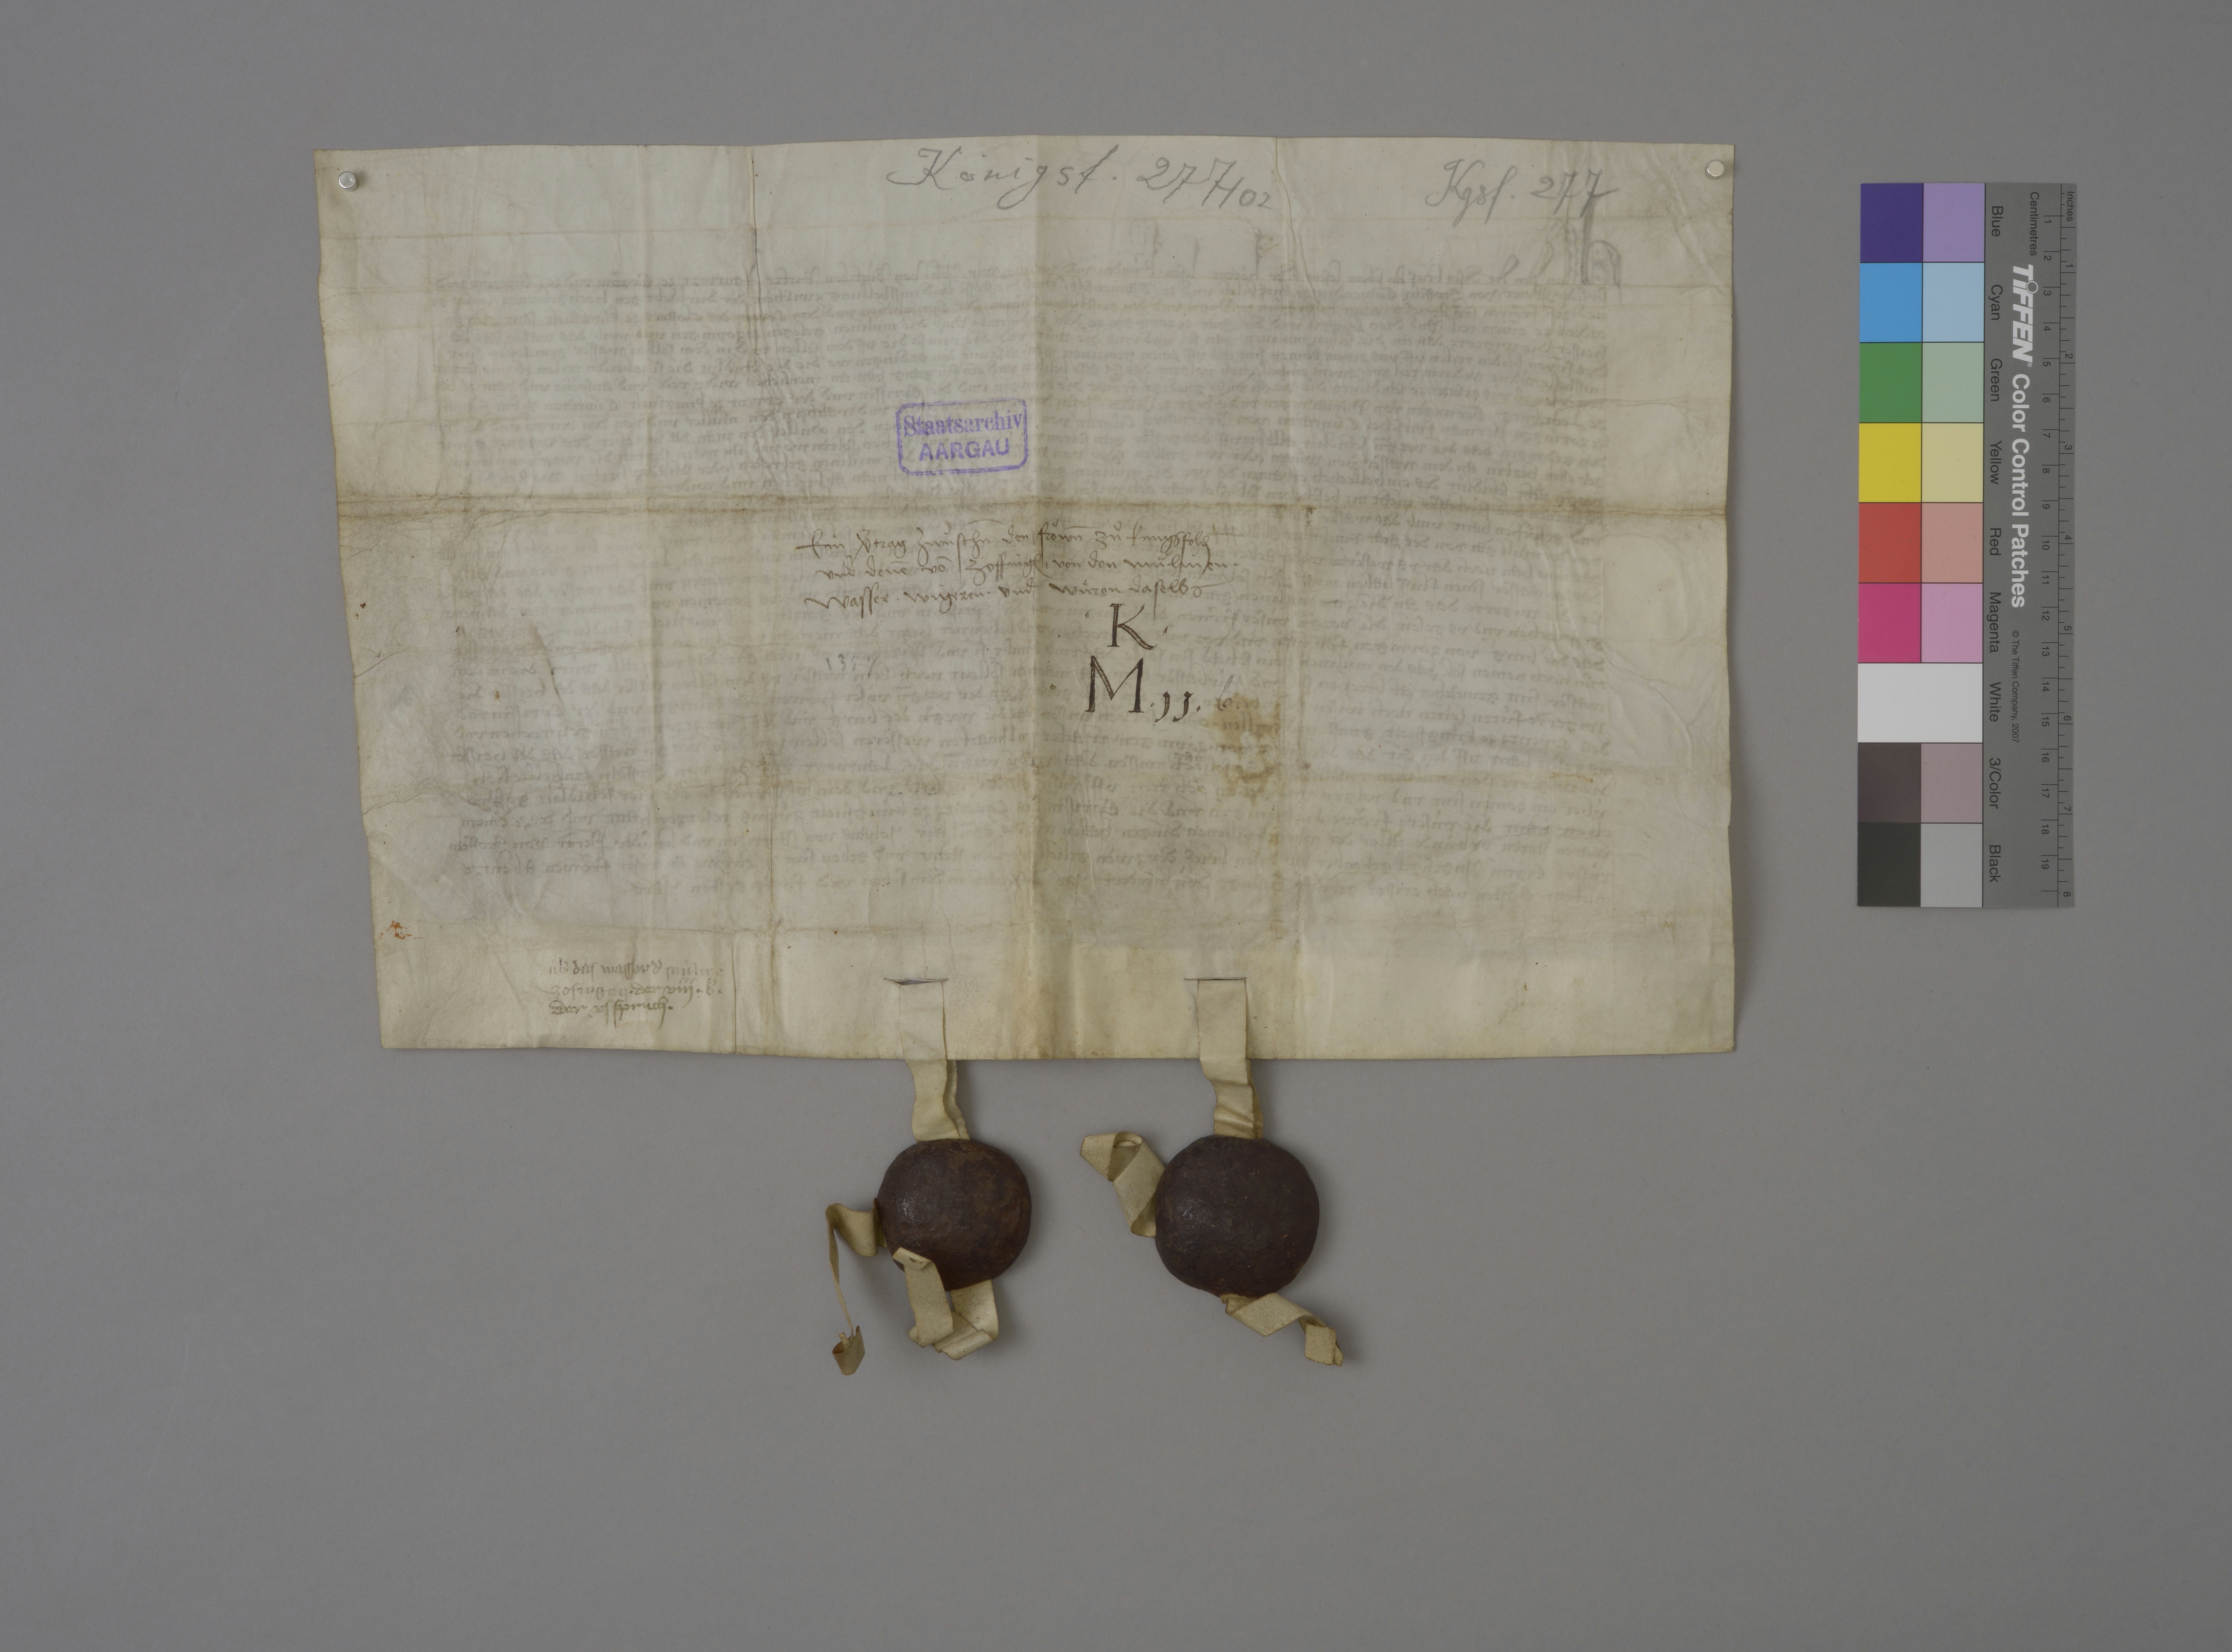
Transcription:
Königsf. 277 / 02

Kgsf. 277

Staatsarchiv
AARGAU

ein vˀtrag zwùschn̄ den fròwn̄ zuͦ Kungsfeld₎
und denē vō Zoffing₎ ✳ von den mùlinen ✳
wasser ✳ Wigeren ✳ und wuͤren daselbs

✳ K ✳
✳ M ✳ 11 ✳ b .

1357

ùbˀ das wasser dˀ mùlinē
Zofingen ✳ der viij ✳ b ✳

der us spruch ✳